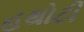
હથોટી